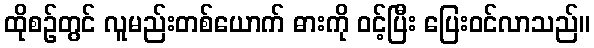
ထိုစဉ်တွင် လူမည်းတစ်ယောက် ဓားကို ဝင့်ပြီး ပြေးဝင်လာသည်။